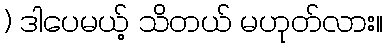
) ဒါပေမယ့် သိတယ် မဟုတ်လား။